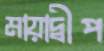
মায়াদ্বীপ